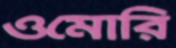
ওমোরি